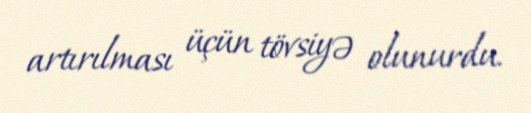
artırılması üçün tövsiyə olunurdu.